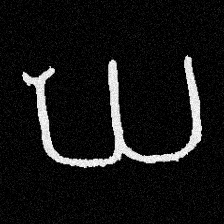
Pyu character \u2014 Myanmar letter: ဃ (romanized: gha)